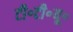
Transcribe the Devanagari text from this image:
टी॰टी॰यू॰